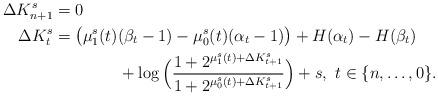
LaTeX: \begin{align*}\Delta{K}^s_{n+1}&=0\\\Delta{K}^s_{t}&=\big(\mu^s_1(t)(\beta_t-1)-\mu^s_0(t)(\alpha_t-1)\big)+H(\alpha_t)-H(\beta_t)\\&\qquad\qquad+\log\Big(\frac{1+2^{\mu^s_1(t)+\Delta{K}^s_{t+1}}}{1+2^{\mu^s_0(t)+\Delta{K}^s_{t+1}}}\Big)+s,~t\in\{n,\ldots,0\}. \end{align*}